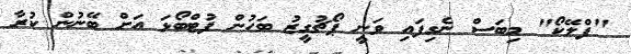
"ފްލޭކޯ" މިބަސް ނެގިފައި ވަނީ ޕޯޗުގީޒު ބަހުން ފުޓްބޯޅަ އަށް ބޭނުން ކުރާ